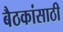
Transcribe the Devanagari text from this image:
बैठकांसाठी